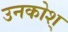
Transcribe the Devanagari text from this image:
उनकोश्